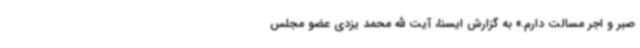
صبر و اجر مسالت دارم.» به گزارش ایسنا، آیت الله محمد یزدی عضو مجلس